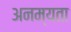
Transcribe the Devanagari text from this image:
अनम्यता